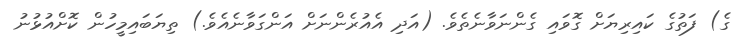
ގެ) ފަތުގެ ކައިރިޔަށް ގޮވައި ގެންނަވާނެތެވެ. (އަދި އެއުރެންނަށް އަންގަވާނެއެވެ.) ތިޔަބައިމީހުން ކޮށްއުޅުނު